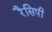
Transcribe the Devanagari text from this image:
रैसिपी